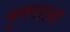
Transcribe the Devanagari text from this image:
मृगमाला